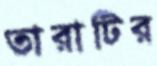
তারাটির